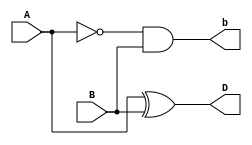
`timescale 1ns / 1ps

module half_subtractor_a(
    input A,
    input B,
    output D,
    output b
    );
    assign D=A^B;
    assign b=~A&B;
    
endmodule